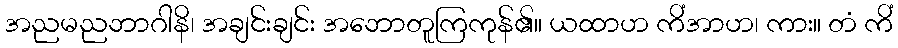
အညမညဘာဂါနိ၊ အချင်းချင်း အဘောတူကြကုန်၏။ ယထာဟ ကိံအာဟ၊ ကား။ တံ ကိံ